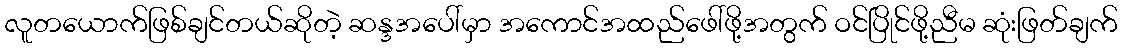
လူတယောက်ဖြစ်ချင်တယ်ဆိုတဲ့ ဆန္ဒအပေါ်မှာ အကောင်အထည်ဖေါ်ဖို့အတွက် ဝင်ပြိုင်ဖို့ညီမ ဆုံးဖြတ်ချက်